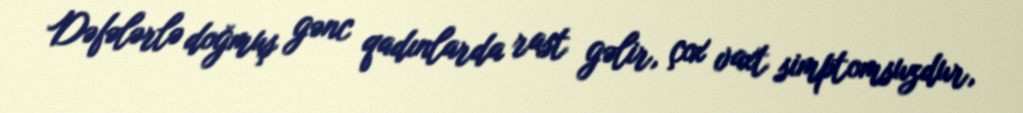
Dəfələrlə doğmuş gənc qadınlarda rast gəlir, çox vaxt simptomsuzdur,